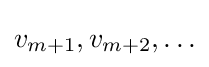
v_{m+1},v_{m+2},\ldots